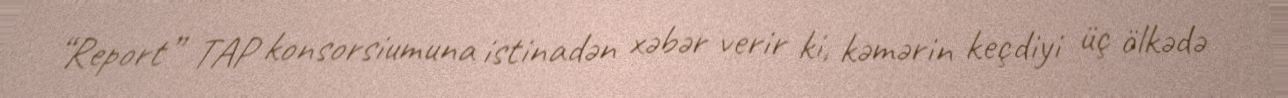
“Report” TAP konsorsiumuna istinadən xəbər verir ki, kəmərin keçdiyi üç ölkədə